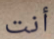
أنت